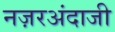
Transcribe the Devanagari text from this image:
नज़रअंदाजी